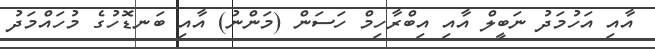
އާއި އަހުމަދު ނަބީލް އާއި އިބްރާހިމް ހަސަން (މަންނު) އާއި ބަނޑޮހުގެ މުހައްމަދު